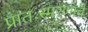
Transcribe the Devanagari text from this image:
प्रातःस्मरणाचे